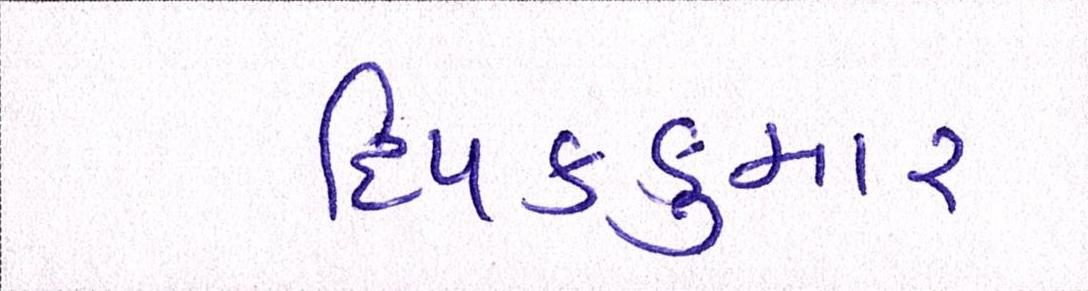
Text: દિપકકુમાર